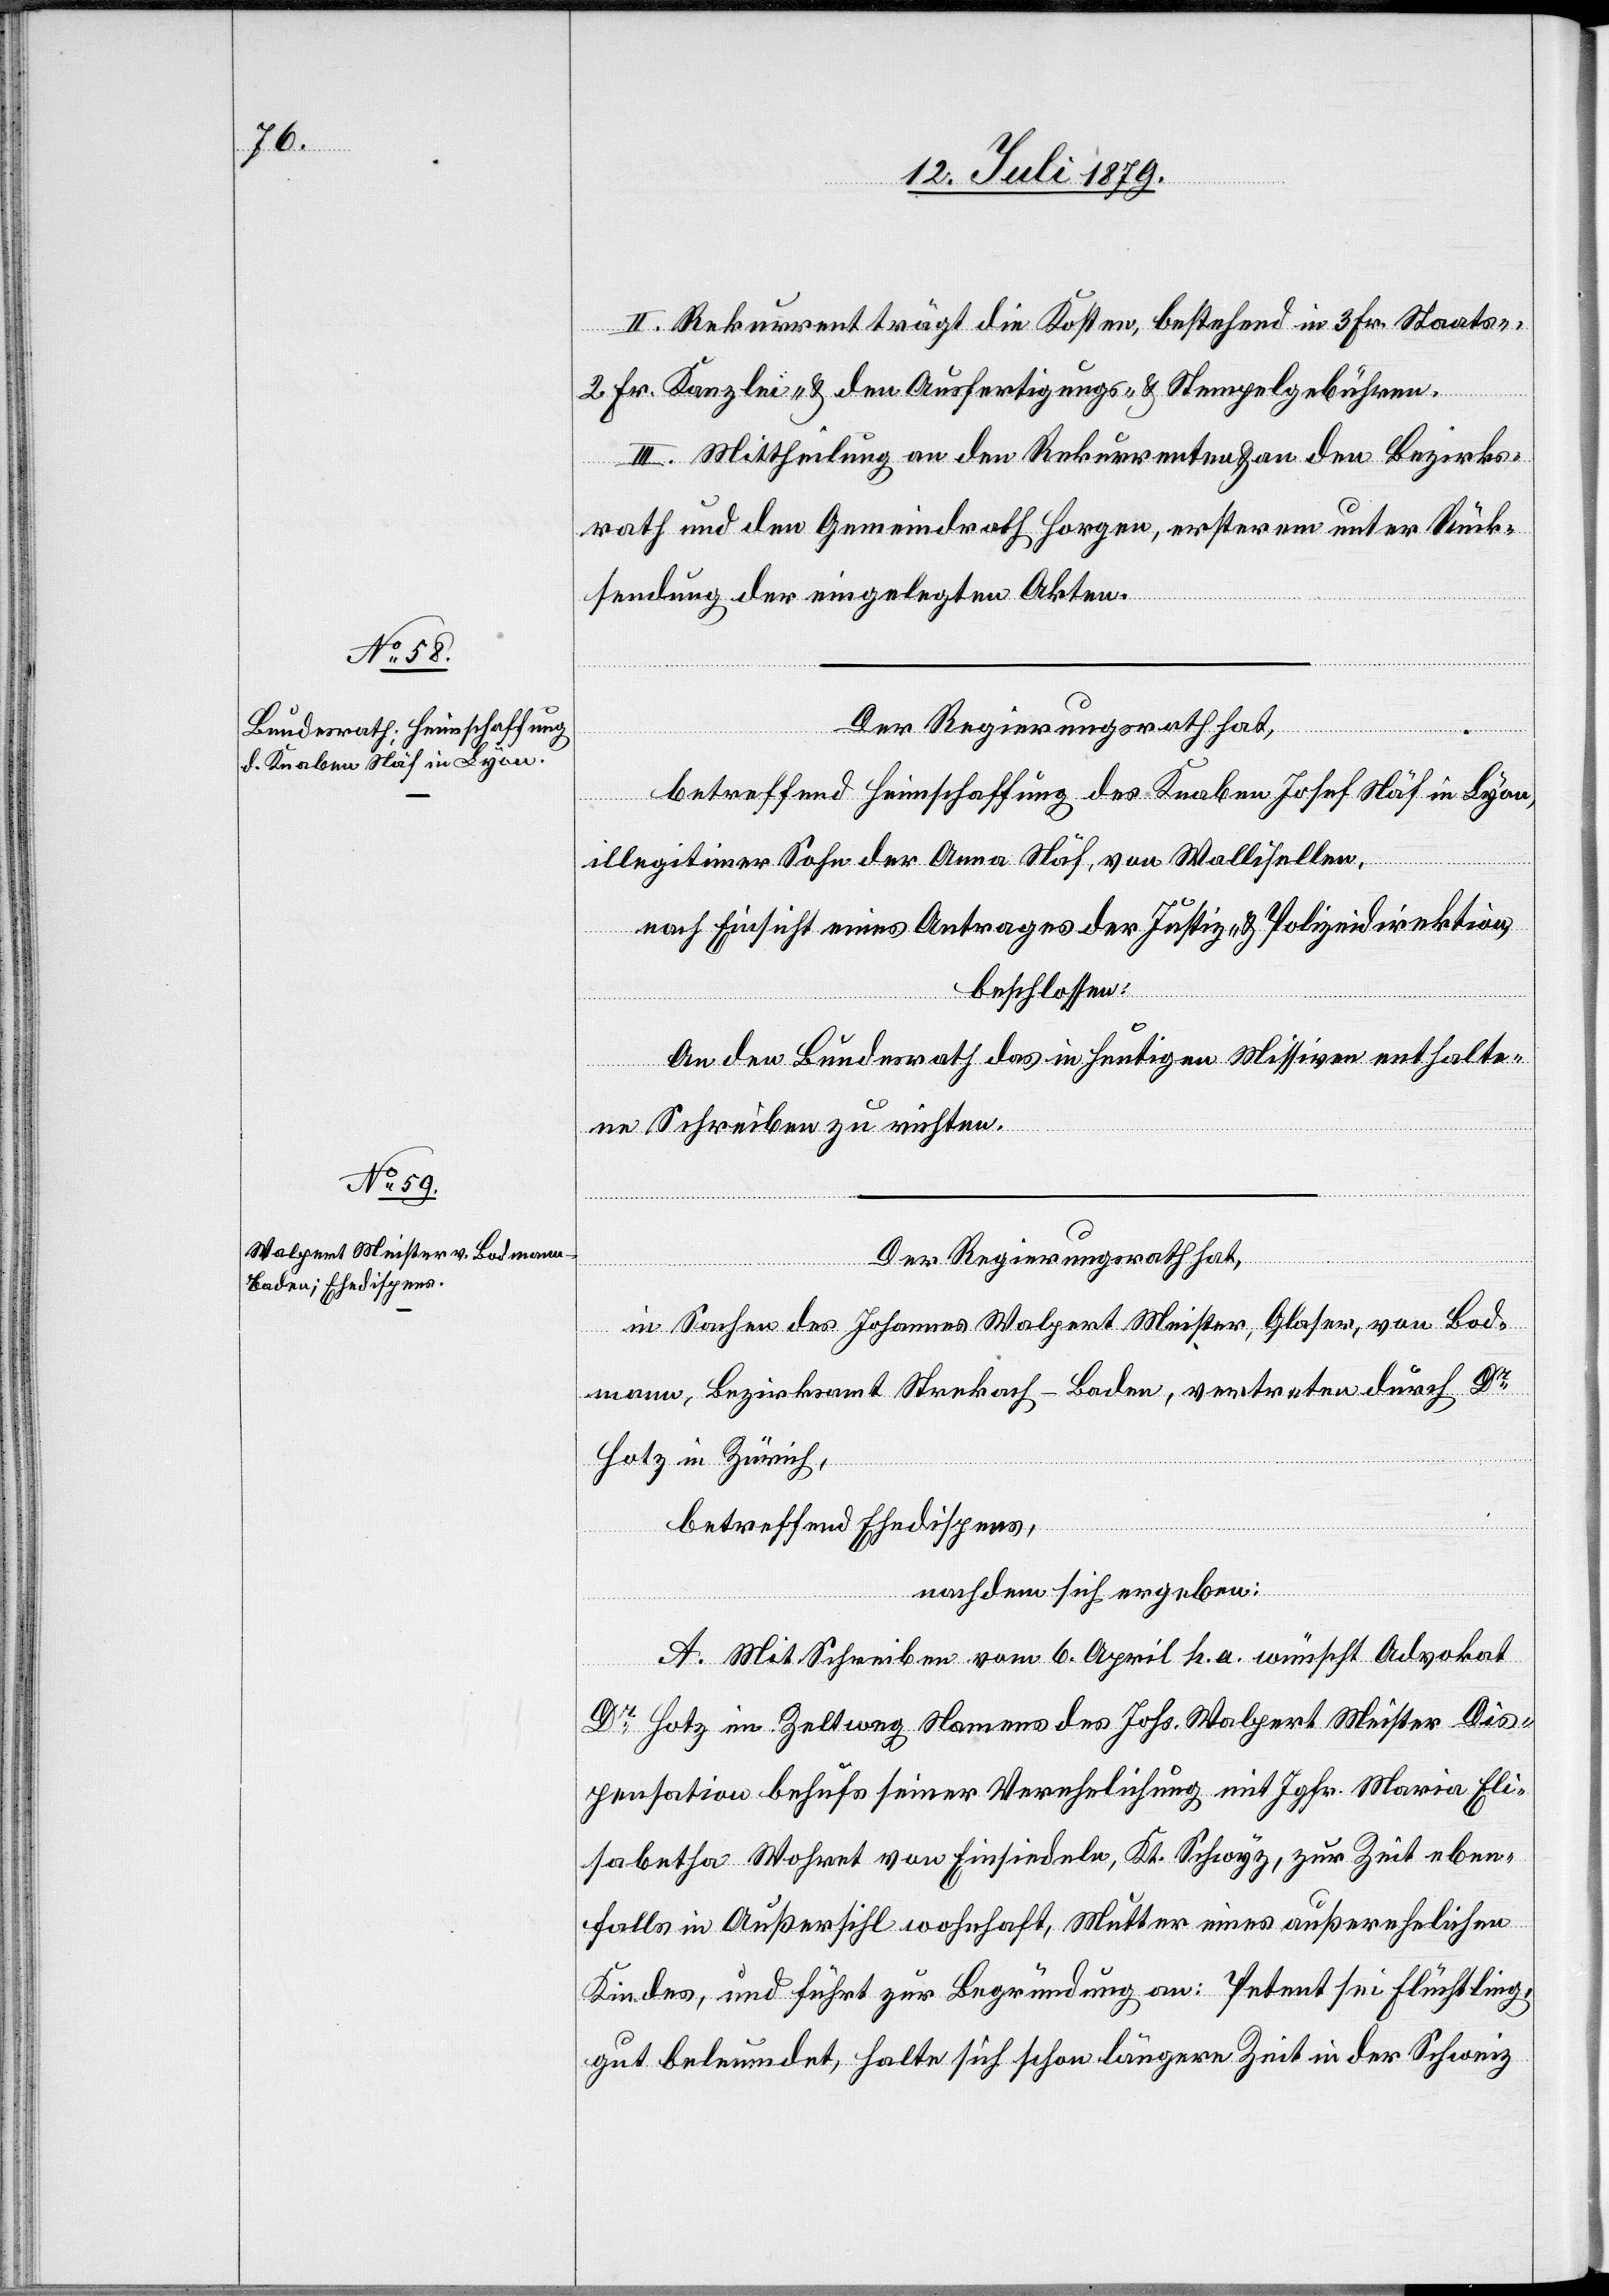
II. Rekurrent trägt die Kosten, bestehend in 3 Fr. Staats-,
2 Fr. Kanzlei- & den Ausfertigungs- & Stempelgebühren.
III. Mittheilung an den Rekurrenten & an den Bezirks¬
rath und den Gemeindrath Horgen, ersterem unter Rück¬
sendung der eingelegten Akten.
Der Regierungsrath hat,
betreffend Heimschaffung des Knaben Josef Näf in Lyon,
illegitimer Sohn der Anna Näf, von Wallisellen,
nach Einsicht eines Antrages der Justiz- & Polizeidirektion,
beschlossen:
An den Bundesrath das in heutigen Missiven enthalte¬
ne Schreiben zu richten.
Der Regierungsrath hat,
in Sachen des Johannes Walpert Meister, Glaser, von Bod¬
mann, Bezirksamt Strekach - Baden, vertreten durch Dr
Hotz in Zürich,
betreffend Ehedispens,
nachdem sich ergeben:
A. Mit Schreiben vom 6. April h. a. wünscht Advokat
Dr Hotz im Zeltweg Namens des Johs. Walpert Meister Dis¬
pensation behufs seiner Verehelichung mit Jgfr. Maria Eli¬
sabetha Wohret von Einsiedeln, Kt. Schwyz, zur Zeit eben¬
falls in Außersihl wohnhaft, Mutter eines außerehelichen
Kindes, und führt zur Begründung an: Petent sei Flüchtling,
gut beleumdet, halte sich schon längere Zeit in der Schweiz